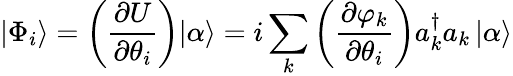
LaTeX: |\Phi_{i}\rangle=\left(\frac{\partial U}{\partial\theta_{i}}\right)|\alpha\rangle=i\sum_{k}\left(\frac{\partial\varphi_{k}}{\partial\theta_{i}}\right)a_{k}^{\dagger}a_{k}\, |\alpha\rangle